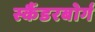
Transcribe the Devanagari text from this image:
स्कैंडरबोर्ग